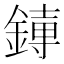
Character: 𫟱